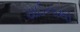
ચાઈનાથી